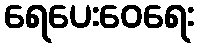
ရေပေးဝေရေး